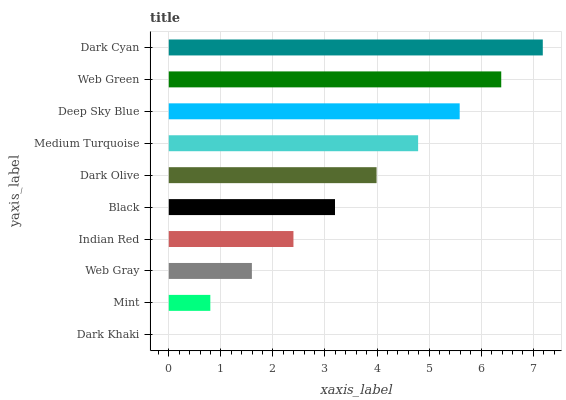
| yaxis_label | bars |
 | --- | --- |
 | Dark Khaki | 0 |
 | Mint | 0.798 |
 | Web Gray | 1.6 |
 | Indian Red | 2.39 |
 | Black | 3.19 |
 | Dark Olive | 3.99 |
 | Medium Turquoise | 4.79 |
 | Deep Sky Blue | 5.59 |
 | Web Green | 6.38 |
 | Dark Cyan | 7.18 |